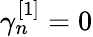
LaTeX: \gamma_{n}^{\left[1\right]}=0